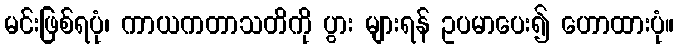
မင်းဖြစ်ရပုံ၊ ကာယကတာသတိကို ပွား များရန် ဥပမာပေး၍ ဟောထားပုံ။